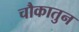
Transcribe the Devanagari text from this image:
चौकातुन